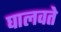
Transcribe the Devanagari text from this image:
घालवते